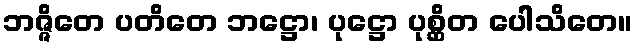
ဘဇ္ဇိတေ ပတိတေ ဘဋ္ဌော၊ ပုဋ္ဌော ပုစ္ဆိတ ပေါသိတေ။